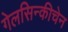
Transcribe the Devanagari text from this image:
गेलसिन्कीचेन